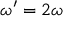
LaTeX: \omega ^ { \prime } = 2 \omega